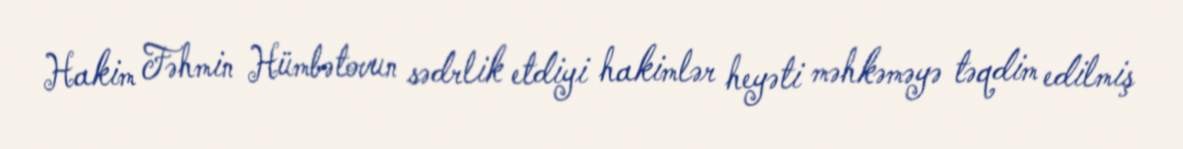
Hakim Fəhmin Hümbətovun sədrlik etdiyi hakimlər heyəti məhkəməyə təqdim edilmiş